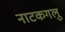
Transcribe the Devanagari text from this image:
नाटकगलु